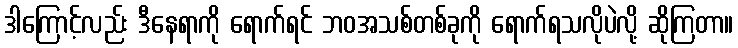
ဒါကြောင့်လည်း ဒီနေရာကို ရောက်ရင် ဘဝအသစ်တစ်ခုကို ရောက်ရသလိုပဲလို့ ဆိုကြတာ။